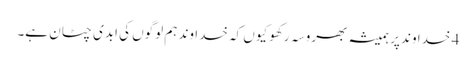
4 خدا وند پر ہمیشہ بھروسہ رکھو کیوں کہ خدا وند ہم لوگوں کی ابدی چٹان ہے۔